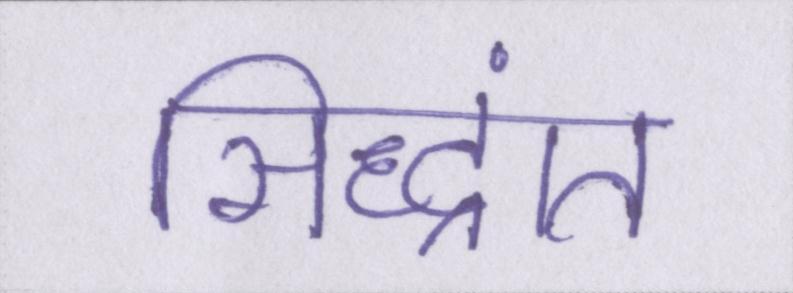
सिद्धांत